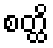
စတ္ထိ